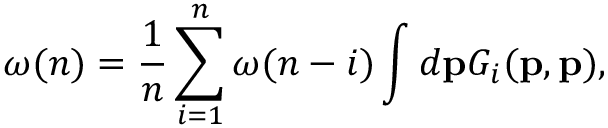
\omega ( n ) = \frac { 1 } { n } \sum _ { i = 1 } ^ { n } \omega ( n - i ) \int d { \bf p } G _ { i } ( { \bf p } , { \bf p } ) ,